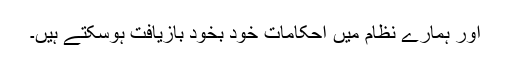
اور ہمارے نظام میں احکامات خود بخود بازیافت ہوسکتے ہیں۔